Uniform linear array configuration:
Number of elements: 16
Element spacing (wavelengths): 0.75
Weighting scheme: kaiser
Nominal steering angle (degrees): -60
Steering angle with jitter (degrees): -58.886
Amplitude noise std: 0.05
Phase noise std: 0.05

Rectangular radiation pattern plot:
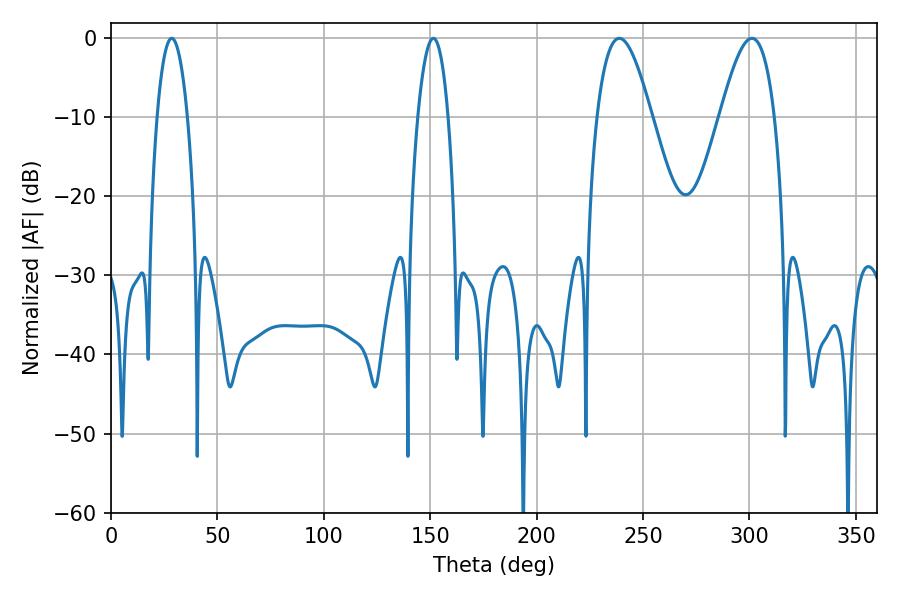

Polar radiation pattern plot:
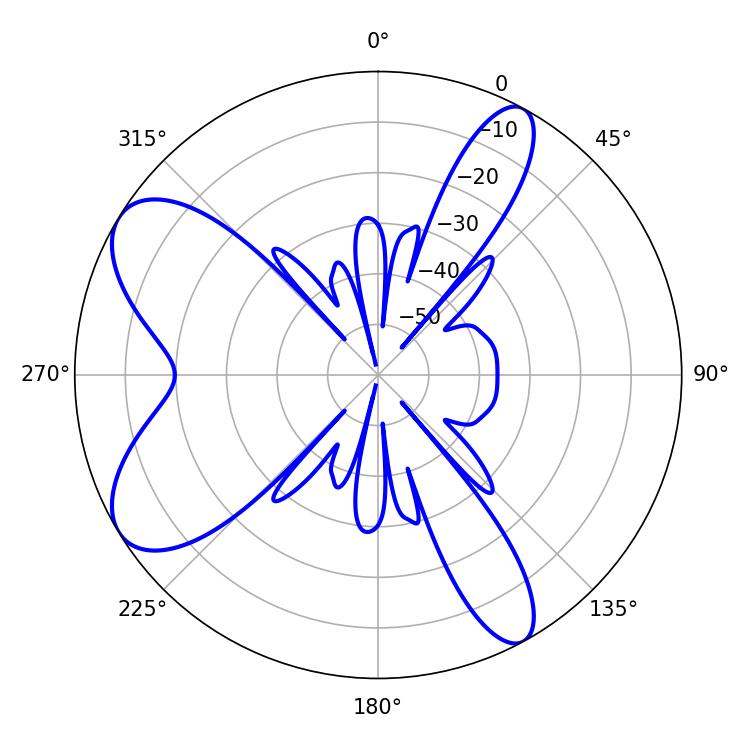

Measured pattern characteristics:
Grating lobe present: TRUE
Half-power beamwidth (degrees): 13.86
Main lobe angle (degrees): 238.86